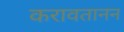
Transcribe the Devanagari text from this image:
करावतानन